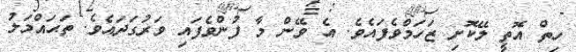
ހިތް އޮތީ ލޭކޮށި ޒަހަމްވެފައެވެ. އެ ވޭން މާ ފުންވެފައި ވަރުގަދައެވެ. ތަޙައްމަލު